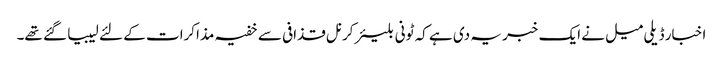
اخبار ڈیلی میل نے ایک خبر یہ دی ہے کہ ٹونی بلیئر کرنل قذافی سے خفیہ مذاکرات کے لئے لیبیا گئے تھے۔